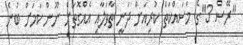
"ރޭސް 3"ގެ މަސައްކަތް ކުރިއަށް ދަނީ ތާވަލާއި އެއްގޮތަށް ނޫން ކަމަށް ބުނެ